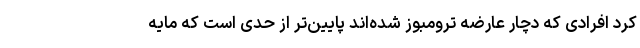
کرد افرادی که دچار عارضه ترومبوز ‌شده‌اند پایین‌تر از حدی است که مایه